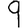
Digit: 9